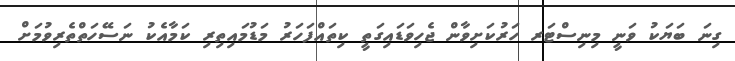
ގިނަ ބަޔަކު ވަނީ މިނިސްޓަރ ހަރުކަށިވާން ޖެހިވަޑައިގަތީ ކިތައްފަހަރު މަޑުމައިތިރި ކަމާއެކު ނަސޭހަތްތެރިވުމަށް